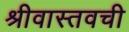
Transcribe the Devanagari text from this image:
श्रीवास्तवची